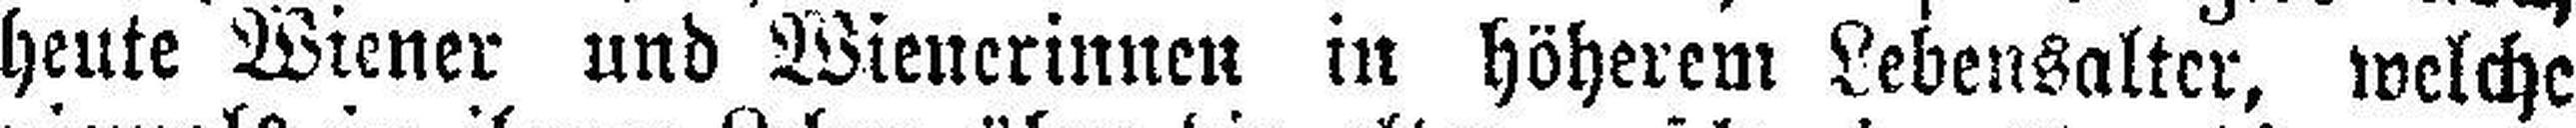
heute Wiener und Wienerinnen in höherem Lebensalter, welche